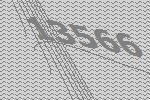
13566